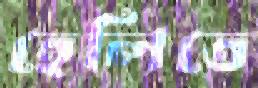
হেলিতে